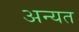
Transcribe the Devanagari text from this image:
अन्यत